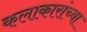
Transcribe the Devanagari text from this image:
कलाकारांच्‍या